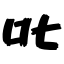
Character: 叱